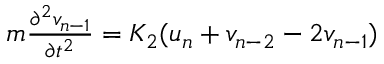
\begin{array} { r } { m \frac { \partial ^ { 2 } v _ { n - 1 } } { \partial t ^ { 2 } } = K _ { 2 } ( u _ { n } + v _ { n - 2 } - 2 v _ { n - 1 } ) } \end{array}